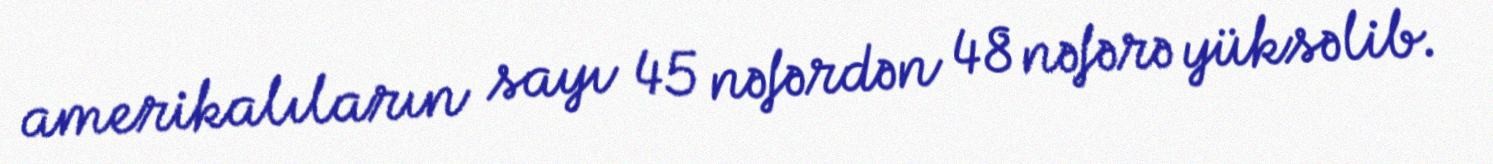
amerikalıların sayı 45 nəfərdən 48 nəfərə yüksəlib.